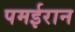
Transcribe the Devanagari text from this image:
पमईरान